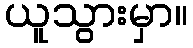
ယူသွားမှာ။